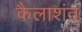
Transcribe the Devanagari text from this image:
कैलाशंत